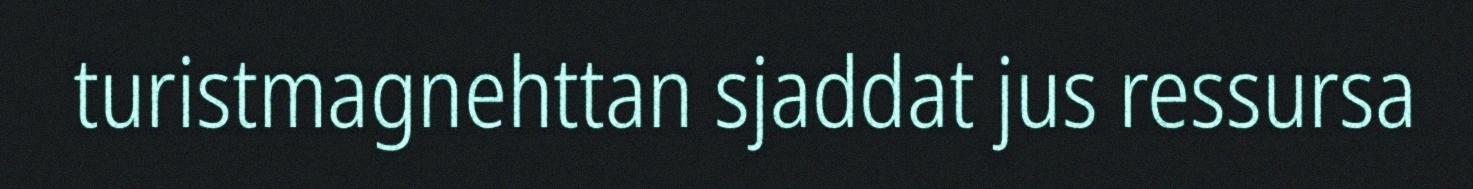
turistmagnehttan sjaddat jus ressursa